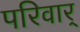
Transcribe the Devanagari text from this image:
परिवार्